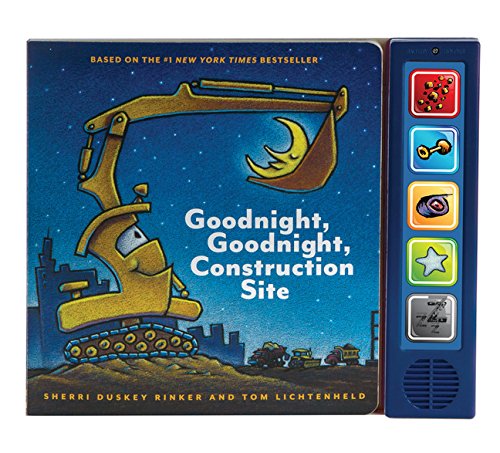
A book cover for Goodnight, Goodnight Construction Site Sound Book; Sherri Duskey Rinker; Children's Books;